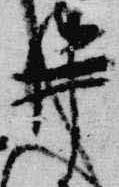
井